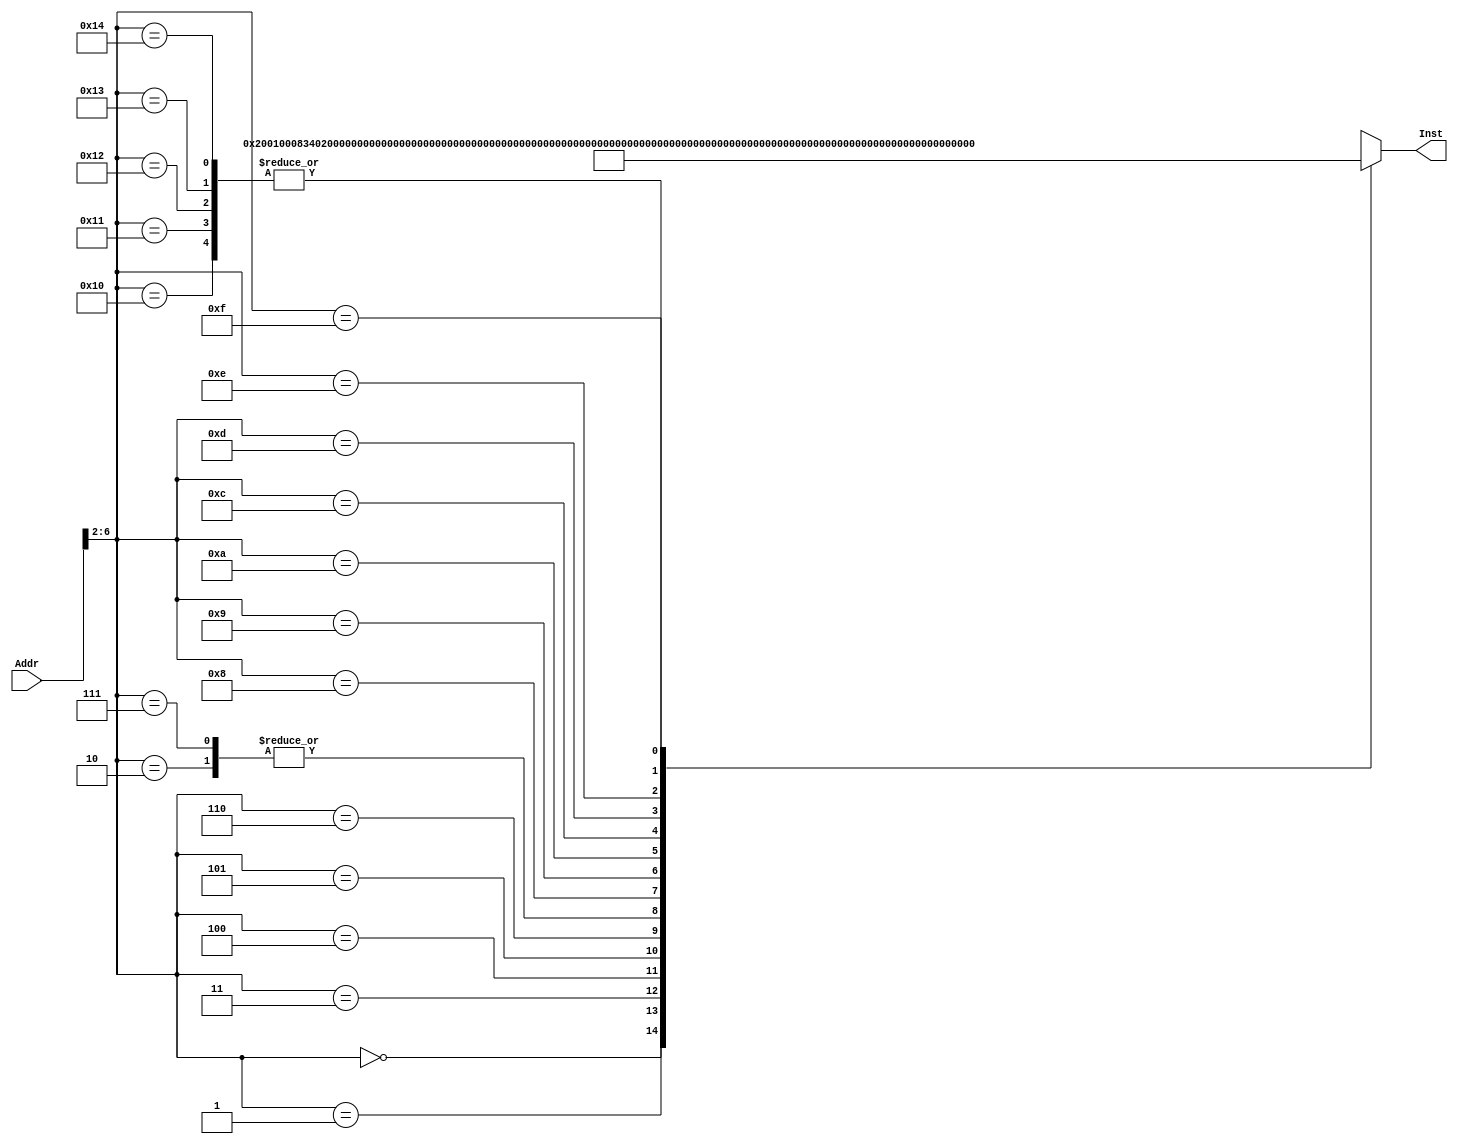
module INSTMEM(Addr,Inst);//
input[31:0]Addr;
output[31:0]Inst;
wire[31:0]Rom[31:0];//load store
assign Rom[5'h00]=32'h20010008;//addi $1,$0,8 $1=8 001000 00000 00001 0000000000001000
assign Rom[5'h01]=32'h3402000C;//ori $2,$0,12 $2=12
assign Rom[5'h02]=32'h00221820;//add $3,$1,$2 $3=20//
assign Rom[5'h03]=32'h00622022;//sub $4,$3,$2 $4=8//0000,00 00,011 0,0010, 0010,0 000,00 10,0010
assign Rom[5'h04]=32'h00644824;//and $5,$3,$4 $5=0//0000,00 00,011 0,0100, 0010,1 000,00 10,0100
assign Rom[5'h05]=32'h00223025;//or $6,$1,$2  $6=12
assign Rom[5'h06]=32'h14220006;//bne $1,$2,6//13 0001,01 00,001 0,0010 0000,0 000,00 00,0110
assign Rom[5'h07]=32'h00221820;//add $3,$1,$2 $3=20
assign Rom[5'h08]=32'h00412022;//sub $4,$2,$1 $4=4
assign Rom[5'h09]=32'h10220002;//beq $1,$2,2
assign Rom[5'h0A]=32'h00222824;//and $5,$1,$2
assign Rom[5'h0B]=32'hXXXXXXXX;
assign Rom[5'h0C]=32'h10220006;//beq $1,$2,6 //0001,00 00,001 0,0010 0000,0 000,00 00,0110
assign Rom[5'h0D]=32'hAD02000C;//sw $2 12($8) memory[$8+10]=12//1010,11 01,000 0,0010 0000,0 000,00 00,1100
assign Rom[5'h0E]=32'h8D04000C;//lw $4 12($8) $4=12//1000,11 01,000 0,0100 0000,0 000,00 00,1100
assign Rom[5'h0F]=32'h30450004;//andi $5,$2,4//0011,00 00,010 0,0101, 0000,0 000,00 00,0100
assign Rom[5'h10]=32'h14460002;//bne $2,$6,2 0001,01 00,010 0,0110 0000,0 000,00 00,0010
assign Rom[5'h11]=32'h14460002;//bne $2,$6,2
assign Rom[5'h12]=32'h14460002;//bne $2,$6,2
assign Rom[5'h13]=32'h14460002;//bne $2,$6,2
assign Rom[5'h14]=32'h14460002;//bne $2,$6,2
assign Rom[5'h15]=32'hXXXXXXXX;
assign Rom[5'h16]=32'hXXXXXXXX;
assign Rom[5'h17]=32'hXXXXXXXX;
assign Rom[5'h18]=32'hXXXXXXXX;
assign Rom[5'h19]=32'hXXXXXXXX;
assign Rom[5'h1A]=32'hXXXXXXXX;
assign Rom[5'h1B]=32'hXXXXXXXX;
assign Rom[5'h1C]=32'hXXXXXXXX;
assign Rom[5'h1D]=32'hXXXXXXXX;
assign Rom[5'h1E]=32'hXXXXXXXX;
assign Rom[5'h1F]=32'hXXXXXXXX;
assign Inst=Rom[Addr[6:2]];
endmodule